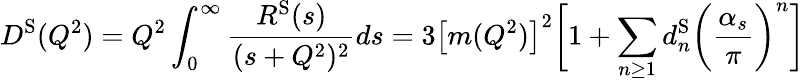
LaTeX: D^{\mathrm{S}}(Q^{2})=Q^{2}\int_{0}^{\infty}\frac{R^{\mathrm{S}}(s)}{(s+Q^{2})^{2}}ds=3\left[m(Q^{2})\right]^{2}\bigg[1+\sum_{n\geq 1}d_{n}^{\mathrm{S}}\bigg(\frac{\alpha_{s}}{\pi}\bigg)^{n}\bigg]